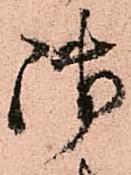
御